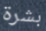
بشرة